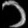
Digit: ၁